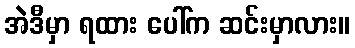
အဲဒီမှာ ရထား ပေါ်က ဆင်းမှာလား။